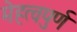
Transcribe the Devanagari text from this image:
मेहत्वपुर्ण